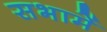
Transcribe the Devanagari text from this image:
सभामें